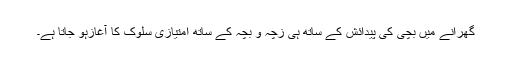
گھرانے میں بچی کی پیدائش کے ساتھ ہی زچہ و بچہ کے ساتھ امتیازی سلوک کا آغازہو جاتا ہے۔